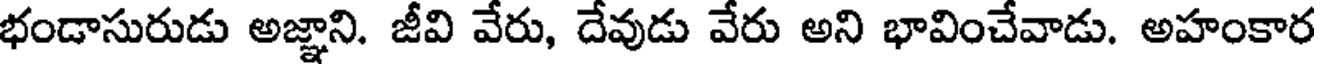
భండాసురుడు అజ్ఞాని. జీవి వేరు, దేవుడు వేరు అని భావించేవాడు. అహంకార